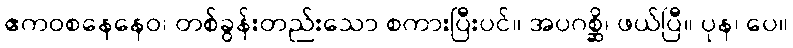
ဧကဝစနေနေဝ၊ တစ်ခွန်းတည်းသော စကားပြီးပင်။ အပဂစ္ဆိ၊ ဖယ်ပြီ။ ပုန၊ ပေ။